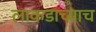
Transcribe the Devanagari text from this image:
लाकडाच्याच